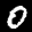
Label: 0